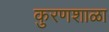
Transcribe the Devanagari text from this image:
कुरणशाळा